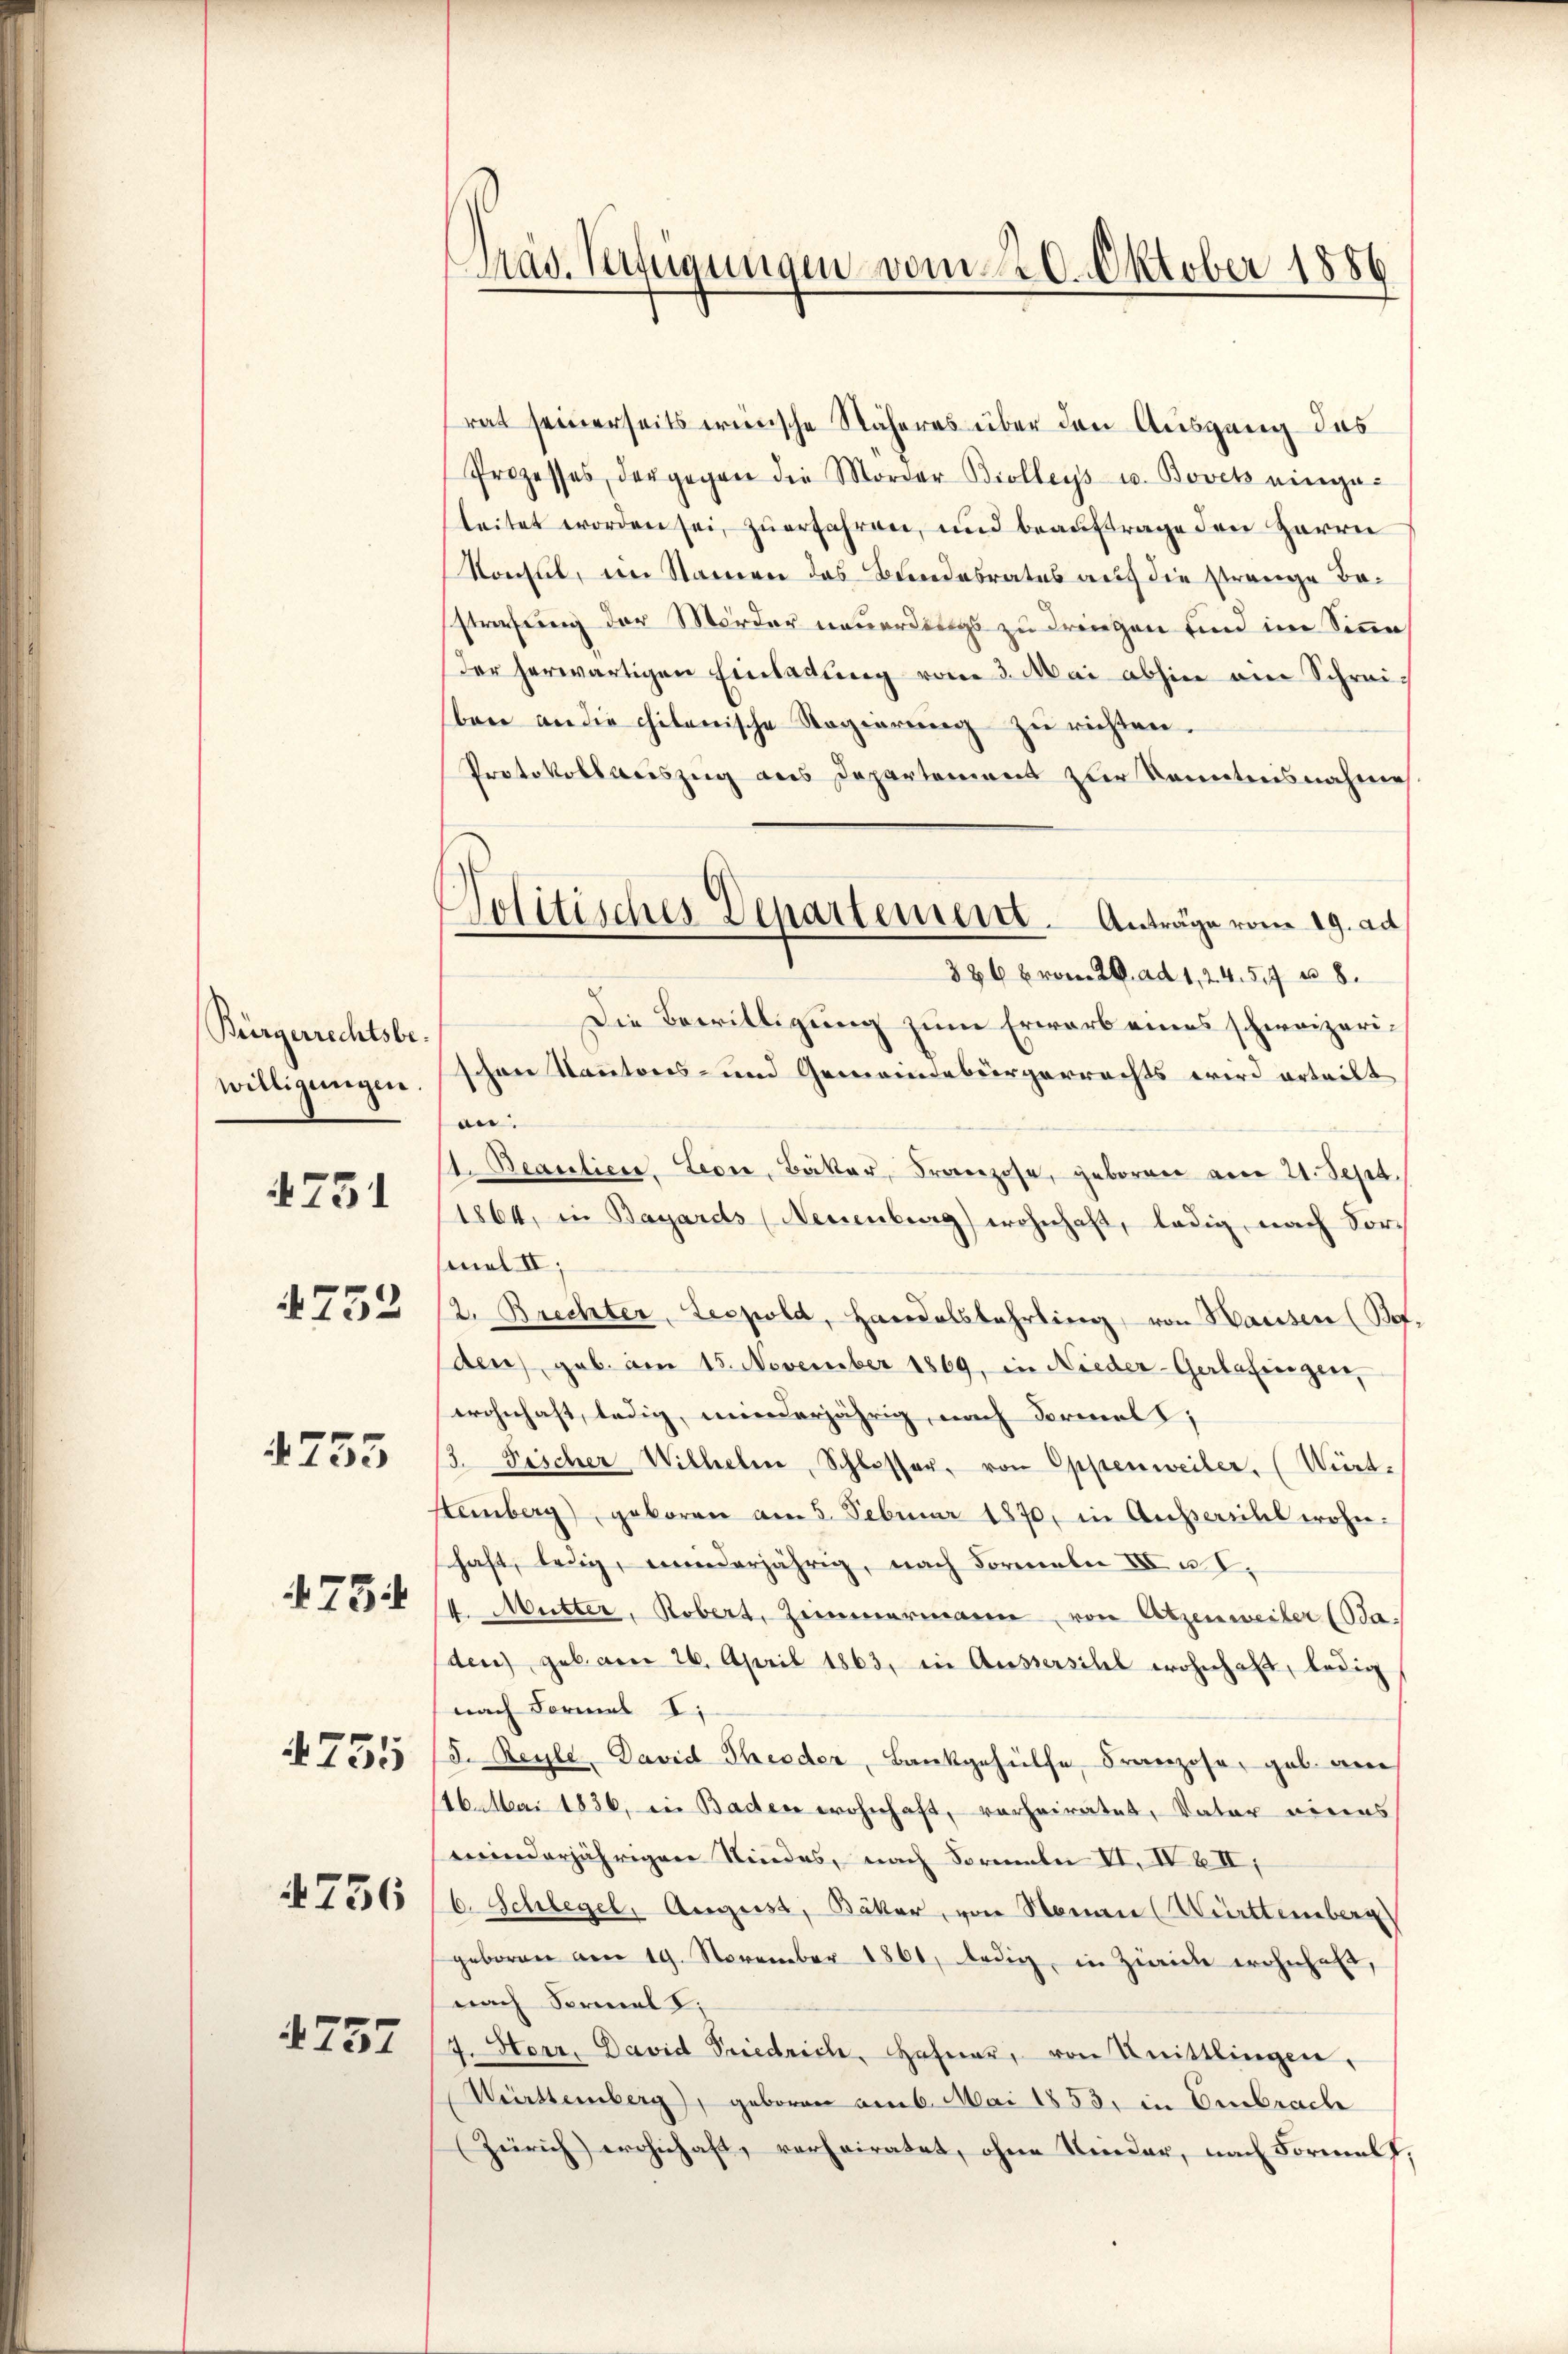
Bürgerrechtsbe-
willigungen

4751

4752

4755

754

755

756

1752

Pras. Verfügungen vom 20. Oktober 1886

rat seinerseits wünsche Näheres über den Ausgang das
Prozesses, der gegen die Morder Biollegs u. Bovets einge-
leitet worden sei, zuerfahren, und beauftrage den Herrn
Konsul, im Namen das Bundesrates auf die strange Bestrafung der Mörder neuerdings zu dringen und im Sinne
der herwärtigen Einladung vom 3. Mai abhin am Schrei-
ben an die chilenische Regierŭng zŭ richten.
Protokollweiszug aus Departement zur Kenntnisnahme
3866 vom 20. ad 1, 24. 57 u. 8.
Die Bewilligung zum Erwarb eines schweizerischon Kantons- und Gemeindebürgerrechts wird erteilt
.
1. Beauliers. Leon, Bäker, Franzose, geboren am 21. Sept.
1864, in Bayards (Neuenburg) wohnhaft, ledig, nach Vormel II;
2. Brechter, Leopold, Handelsbahrling, von Hausen (Bof-
den), geb. am 15. November 1869, in Nieder-Gerlafingen,
wohnhaft, ledig, minderjährig, nach Formal
3. Fischer Wilhelm, Schlosser, von Oppenweiler, (Würt¬
Steinberg), geboren am 5. Februar 1870, in Auseill wohnschaft, ledig, minderjährig, nach Formeln III u. I.
4. Mutter, Robert, Zimmermann von Atzenweiler (Baden) gebarer 26. April 1863, in Aussersitel wohnhaft, ledig
nach Formal I.
d. Beyle. David Theoder, Bankgehülfe, Franzose, geb. an
116. Mai 1836, in Baden wohnhaft, verheiratet, Vater eines
minderjährigen Kindes, nach Formeln VII, IV 6 II,
6. Schlegel, August, Bäker, von Neuen (Württemberg
geboren am 19. November 1861, ledig, in Zwicke wohnhaft,
nach Serial I
4. Horr. David Friedrich, Hafner, von Knittlingen,
Württemberg), geboren am 6. Mai 1853. in Embrach
(Zürich) erohschaft, verheiratet, ohne Kinder, nach Formelt,

Politisches Departement. Anträge vom 19. ad